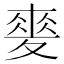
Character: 𡕲